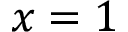
x = 1